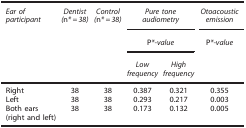
<table><thead><tr><td><b><i>Ear of participant</i></b></td><td><b><i>Dentist (</i>n<i>*=38)</i></b></td><td><b><i>Control (</i>n<i>*=38)</i></b></td><td colspan="2"><b><i>Pure tone audiometry</i></b></td><td><b><i>Otoacoustic emission</i></b></td></tr><tr><td><b> </b></td><td><b> </b></td><td><b> </b></td><td colspan="2"><b>P<i>*-value</i></b></td><td><b>P<i>*-value</i></b></td></tr><tr><td><b> </b></td><td><b> </b></td><td><b> </b></td><td><b><i>Low frequency</i></b></td><td><b><i>High frequency</i></b></td><td><b> </b></td></tr></thead><tbody><tr><td>Right</td><td>38</td><td>38</td><td>0.387</td><td>0.321</td><td>0.355</td></tr><tr><td>Left</td><td>38</td><td>38</td><td>0.293</td><td>0.217</td><td>0.003</td></tr><tr><td>Both ears (right and left)</td><td>38</td><td>38</td><td>0.173</td><td>0.132</td><td>0.005</td></tr></tbody></table>